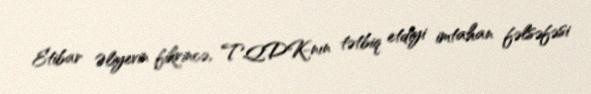
Etibar Əliyevin fikrincə, TQDK-nın tətbiq etdiyi imtahan fəlsəfəsi